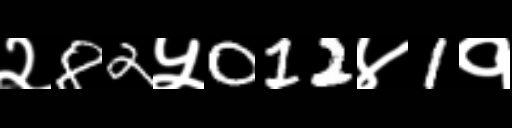
Text: २82५012४1१